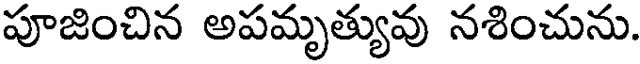
పూజించిన అపమృత్యువు నశించును.